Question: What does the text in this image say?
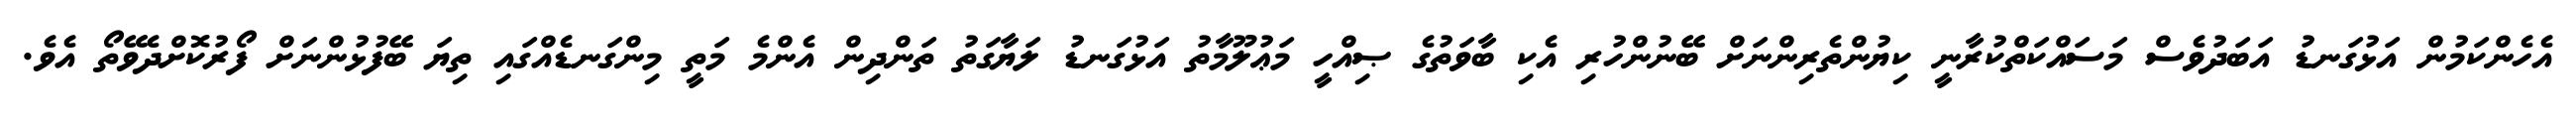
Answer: އެހެންކަމުން އަޅުގަނޑު އަބަދުވެސް މަސައްކަތްކުރާނީ ކިޔުންތެރިންނަށް ބޭނުންހުރި އެކި ބާވަތުގެ ޞިއްހީ މަޢުލޫމާތު އަޅުގަނޑު ލަޔާގަތު ތަންދިން އެންމެ މަތީ މިންގަނޑެއްގައި ތިޔަ ބޭފުޅުންނަށް ފޯރުކޮށްދެވޭތޯ އެވެ.